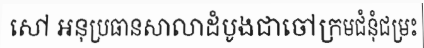
សៅ អនុប្រធានសាលាដំបូងជាចៅក្រមជំនុំជម្រះ